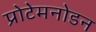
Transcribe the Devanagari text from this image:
प्रोटेमनोडन